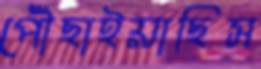
পৌঁছাইয়াছিস